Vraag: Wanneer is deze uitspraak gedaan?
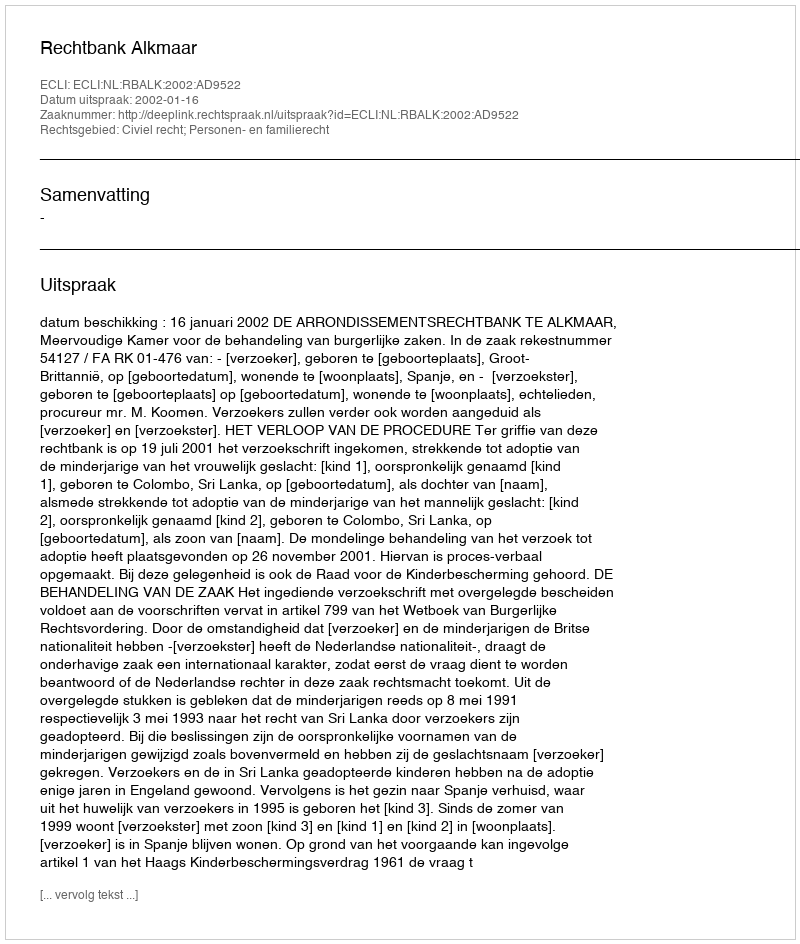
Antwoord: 2002-01-16